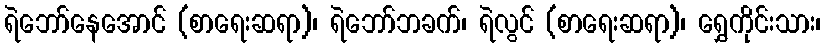
ရဲဘော်နေအောင် (စာရေးဆရာ)၊ ရဲဘော်ဘခက်၊ ရဲလွင် (စာရေးဆရာ)၊ ရွှေကိုင်းသား၊